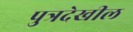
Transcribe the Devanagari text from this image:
पुत्रदेखील